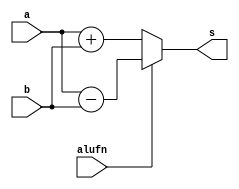
module adder_16bit_1_5 (
    input [15:0] a,
    input [15:0] b,
    input [0:0] alufn,
    output reg [15:0] s
  );
  
  
  
  always @* begin
    s[0+15-:16] = 1'h0;
    if (alufn[0+0-:1] == 1'h0) begin
      s[0+15-:16] = a[0+15-:16] + b[0+15-:16];
    end
    if (alufn[0+0-:1] == 1'h1) begin
      s[0+15-:16] = a[0+15-:16] - b[0+15-:16];
    end
  end
endmodule